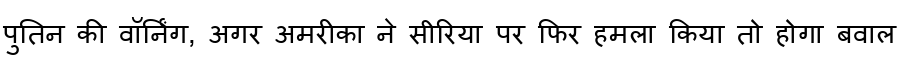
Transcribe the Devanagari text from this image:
पुतिन की वॉर्निंग, अगर अमरीका ने सीरिया पर फिर हमला किया तो होगा बवाल